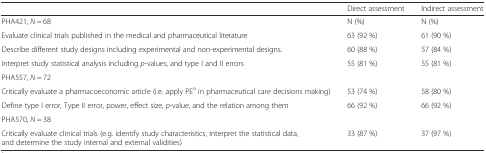
<table><thead><tr><td></td><td><b>Direct assessment</b></td><td><b>Indirect assessment</b></td></tr></thead><tbody><tr><td>PHA421, <i>N</i> = 68</td><td>N (%)</td><td>N (%)</td></tr><tr><td>Evaluate clinical trials published in the medical and pharmaceutical literature</td><td>63 (92 %)</td><td>61 (90 %)</td></tr><tr><td>Describe different study designs including experimental and non-experimental designs.</td><td>60 (88 %)</td><td>57 (84 %)</td></tr><tr><td>Interpret study statistical analysis including <i>p</i>-values, and type I and II errors</td><td>55 (81 %)</td><td>55 (81 %)</td></tr><tr><td>PHA557, <i>N</i> = 72</td><td></td><td></td></tr><tr><td>Critically evaluate a pharmacoeconomic article (i.e. apply PE<sup>a</sup> in pharmaceutical care decisions making)</td><td>53 (74 %)</td><td>58 (80 %)</td></tr><tr><td>Define type I error, Type II error, power, effect size, <i>p</i>-value, and the relation among them</td><td>66 (92 %)</td><td>66 (92 %)</td></tr><tr><td>PHA570, <i>N</i> = 38</td><td></td><td></td></tr><tr><td>Critically evaluate clinical trials (e.g. identify study characteristics, interpret the statistical data, and determine the study internal and external validities)</td><td>33 (87 %)</td><td>37 (97 %)</td></tr></tbody></table>